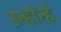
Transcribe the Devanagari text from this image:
उन्होन्हे